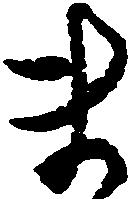
ま